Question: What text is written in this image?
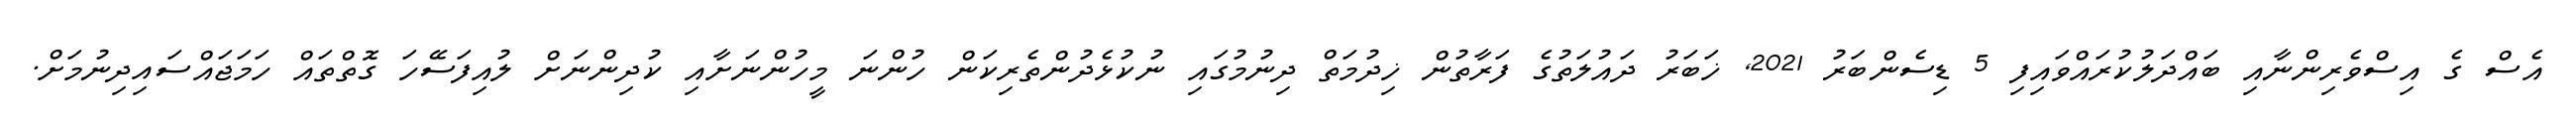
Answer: އެސް ގެ އިސްވެރިންނާއި ބައްދަލުކުރައްވައިފި 5 ޑިސެންބަރު 2021, ޚަބަރު ދައުލަތުގެ ފަރާތުން ޚިދުމަތް ދިނުމުގައި ނުކުޅެދުންތެރިކަން ހުންނަ މީހުންނަށާއި ކުދިންނަށް ލުއިފަސޭހަ ގޮތްތައް ހަމަޖައްސައިދިނުމަށް.